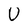
Character: U